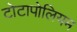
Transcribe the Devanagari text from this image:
टोटापोलियम